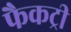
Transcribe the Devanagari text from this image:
फैकट्री